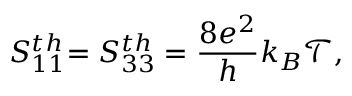
{ S _ { 1 1 } ^ { t h } } { = S _ { 3 3 } ^ { t h } = \frac { 8 e ^ { 2 } } { h } k _ { B } \mathcal { T } , }